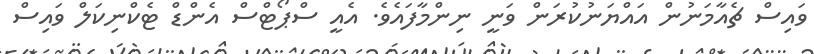
ވައިސް ޗެއާމަނުން އައްޔަނުކުރަން ވަނީ ނިންމާފައެވެ. އެއީ ސްޕޯޓްސް އެންޑް ޓެކްނިކަލް ވައިސް